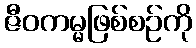
ဇီဝကမ္မဖြစ်စဉ်ကို